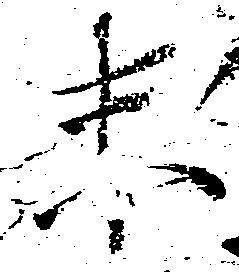
未